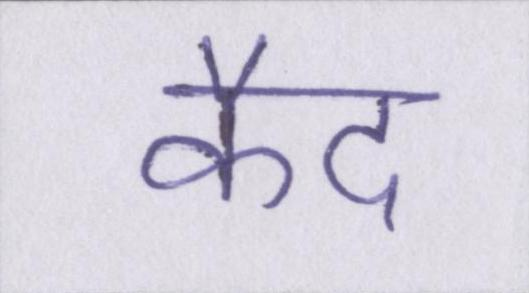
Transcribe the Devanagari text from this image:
कैद